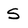
Character: S